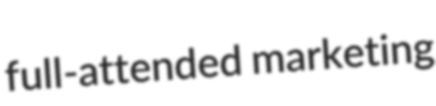
full-attended marketing